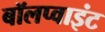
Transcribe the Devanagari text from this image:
बॉलप्वाइंट